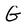
Character: G